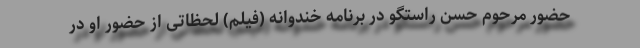
حضور مرحوم حسن راستگو در برنامه خندوانه (فیلم) لحظاتی از حضور او در